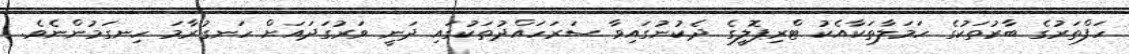
ހަފްތަރުގެ ބާރުތަކުގެ ހަމަލާތަކާއެކު ޓްރިޕޮލީގެ ދެކުނުގައިވާ ސަރަހައްދުތަކުގައި ދަނީ ވަރުގަދައަށް ހަނގުރާމަ ހިނގަމުންނެވެ.